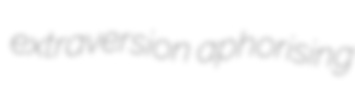
extraversion aphorising